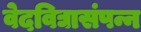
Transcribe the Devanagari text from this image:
वेदविद्यासंपन्न